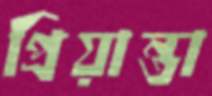
প্রিয়ান্তা